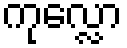
ကုလ္လော